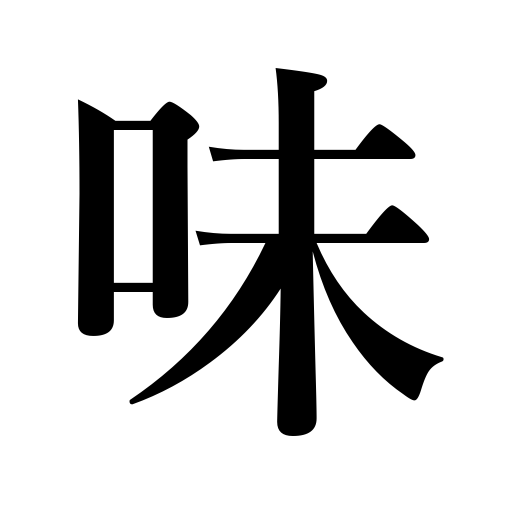
Meanings: appreciate,touch,taste,dash,tinge,aroma,flavor,counter for foods and drinks ,zest,experience